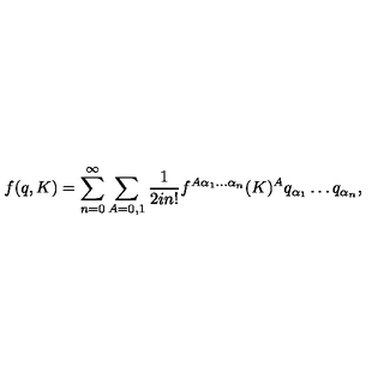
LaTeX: f ( q , K ) = \sum _ { n = 0 } ^ { \infty } \sum _ { A = 0 , 1 } \frac { 1 } { 2 i n ! } f ^ { A \alpha _ { 1 } \ldots \alpha _ { n } } ( K ) ^ { A } q _ { \alpha _ { 1 } } \ldots q _ { \alpha _ { n } } ,